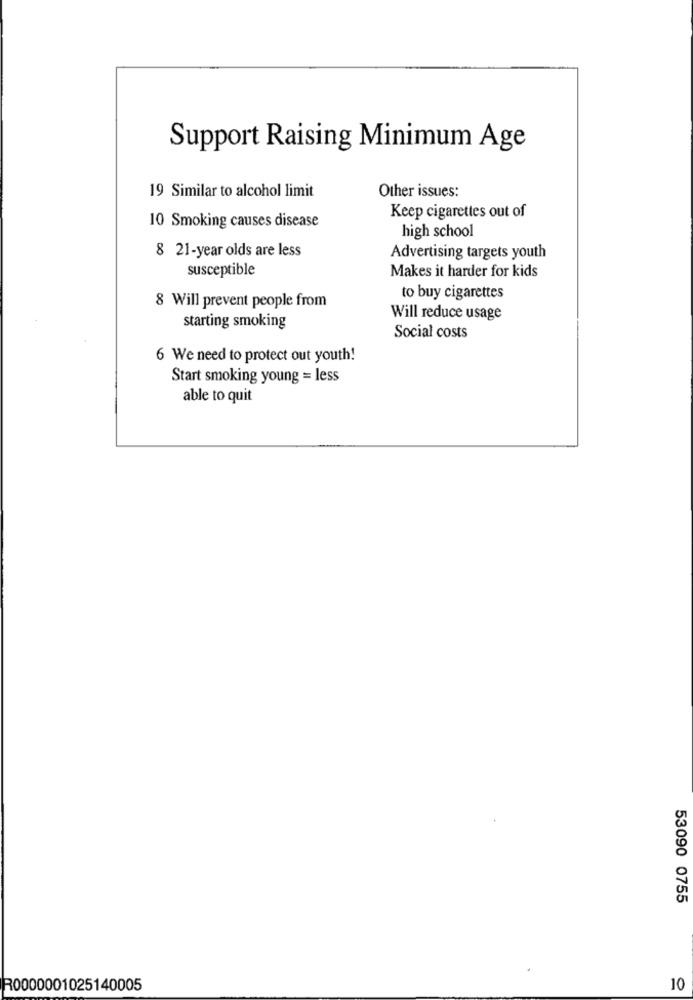
Support Raising Minimum Age
19 Similar to alcohol limit
Other issues:
Keep cigarettes out of
10 Smoking causes disease
high school
8 21-year olds are less
Advertising targets youth
susceptible
Makes it harder for kids
to buy cigarettes
8 Will prevent people from
Will reduce usage
starting smoking
Social costs
6 We need to protect out youth!
Start smoking young = less
able to quit
53090 0755
R0000001025140005
10